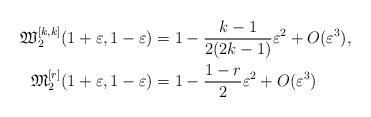
LaTeX: \begin{align*}\mathfrak{W}_2^{[k,k]}(1+\varepsilon,1-\varepsilon) & = 1 - \frac{k-1}{2(2k-1)}\varepsilon^2 + O(\varepsilon^3), \\\mathfrak{M}_2^{[r]}(1+\varepsilon,1-\varepsilon) & = 1 - \frac{1-r}{2}\varepsilon^2 + O(\varepsilon^3)\end{align*}